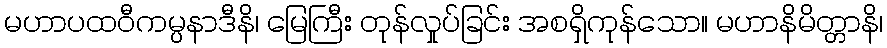
မဟာပထဝီကမ္ပနာဒီနိ၊ မြေကြီး တုန်လှုပ်ခြင်း အစရှိကုန်သော။ မဟာနိမိတ္တာနိ၊